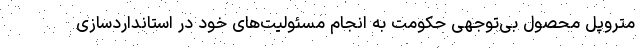
متروپل محصول بی‌توجهی حکومت به انجام مسئولیت‌های خود در استانداردسازی